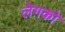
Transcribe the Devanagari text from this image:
लेगको